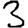
Digit: 3